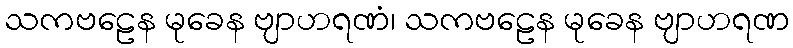
သကဗဠေန မုခေန ဗျာဟရဏံ၊ သကဗဠေန မုခေန ဗျာဟရဏ